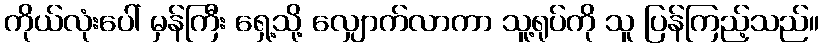
ကိုယ်လုံးပေါ် မှန်ကြီး ရှေ့သို့ လျှောက်လာကာ သူ့ရုပ်ကို သူ ပြန်ကြည့်သည်။